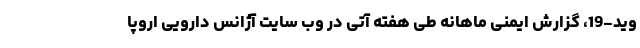
وید-19، گزارش ایمنی ماهانه طی هفته آتی در وب سایت آژانس دارویی اروپا